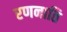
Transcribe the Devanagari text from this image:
रणनाति